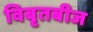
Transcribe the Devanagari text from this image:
विबृतबीज